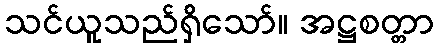
သင်ယူသည်ရှိသော်။ အဋ္ဌစတ္တာ